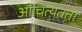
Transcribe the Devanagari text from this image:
औचित्यतता